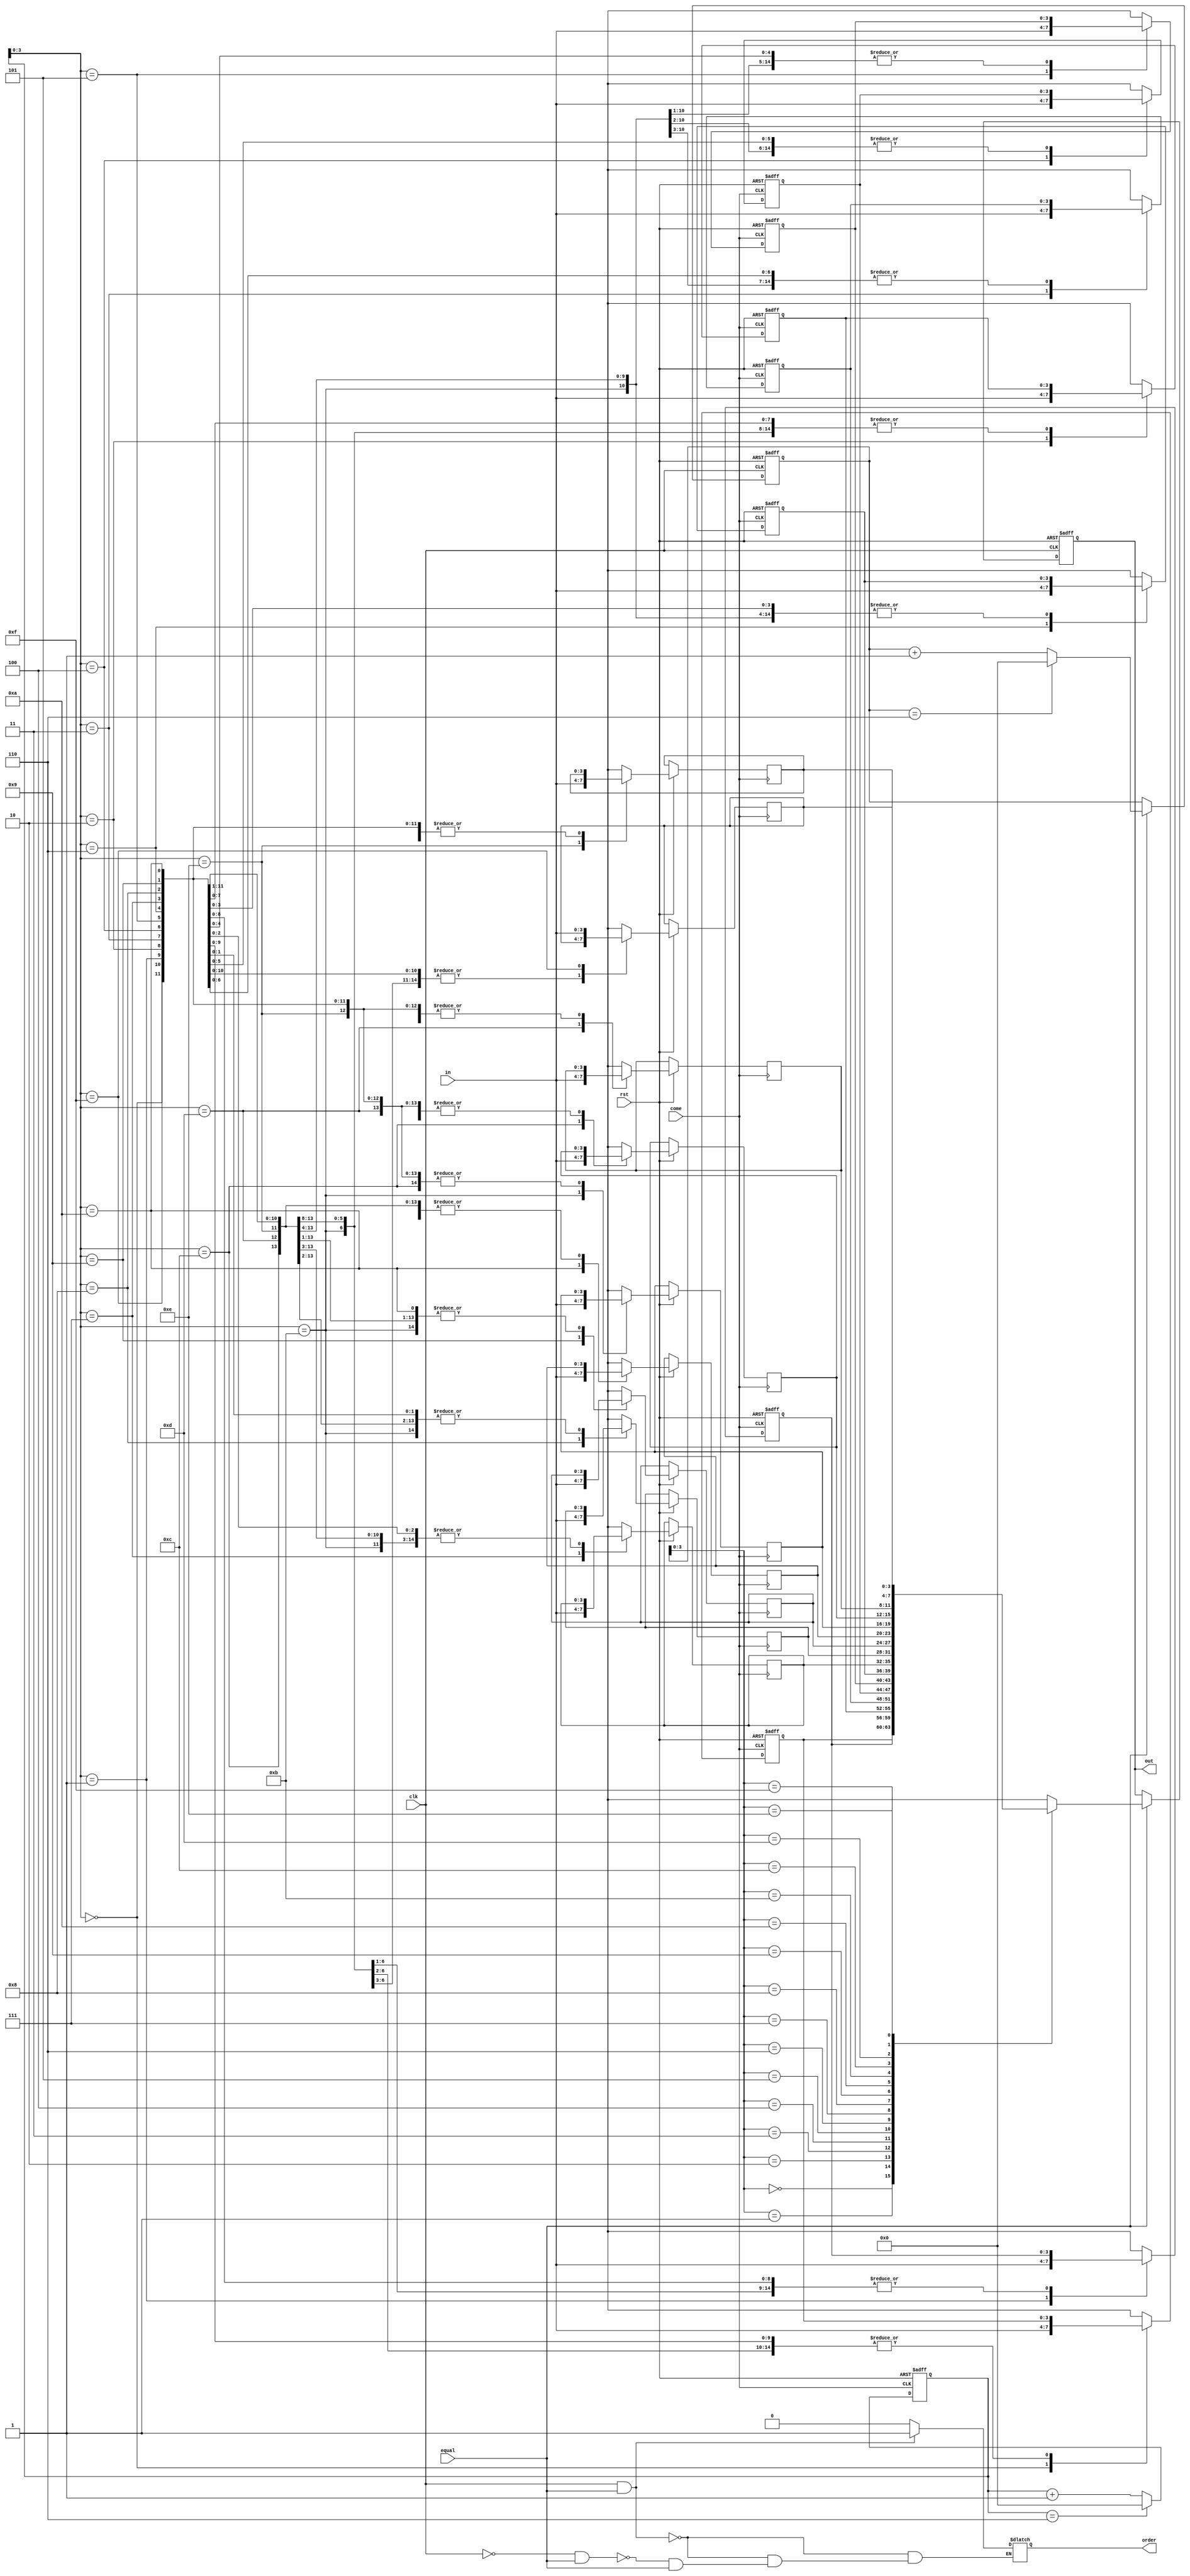
module together
(
  input clk,
  input rst,
  input equal,
  input [3:0]in,
  input come,

  output reg order,
  output reg[3:0]out
);

  parameter N=6; //N+1

  parameter M=4;
  parameter T=2**M;

  
  reg [3:0]ram[T-1:0];  
  reg [T-1:0]read_ptr,write_ptr;
  
  integer K;
  
always @( posedge come or negedge rst)
  begin
    if (!rst)
	   begin
		  write_ptr<=0;
		  for (K=0;K<N+1;K=K+1)
		     begin 
			    ram[K]=15;
			  end
		end
	 else
	   begin
		  ram[write_ptr]=in;
        write_ptr=(write_ptr==N)?0:write_ptr+1;
		end
  end
  
always @(posedge clk  or negedge rst)
  begin
    if (!rst)
	   begin
		  read_ptr<=0;
		  out<=15;
		end
	 else if (equal==1)
	   begin
		  out=ram[read_ptr];
        read_ptr=(read_ptr==N)?0:read_ptr+1;
		end
	 else 
	   begin
		  out<=out;
		  read_ptr<=read_ptr;
	   end
	end

always @	(clk)
	begin 
	  if (clk==1&&equal==1)
	    order<=1;
	  else if (clk==0&&equal==1)
	    order=0;
	  else if (equal==0)
	    order<=0;	 
	end

	
endmodule